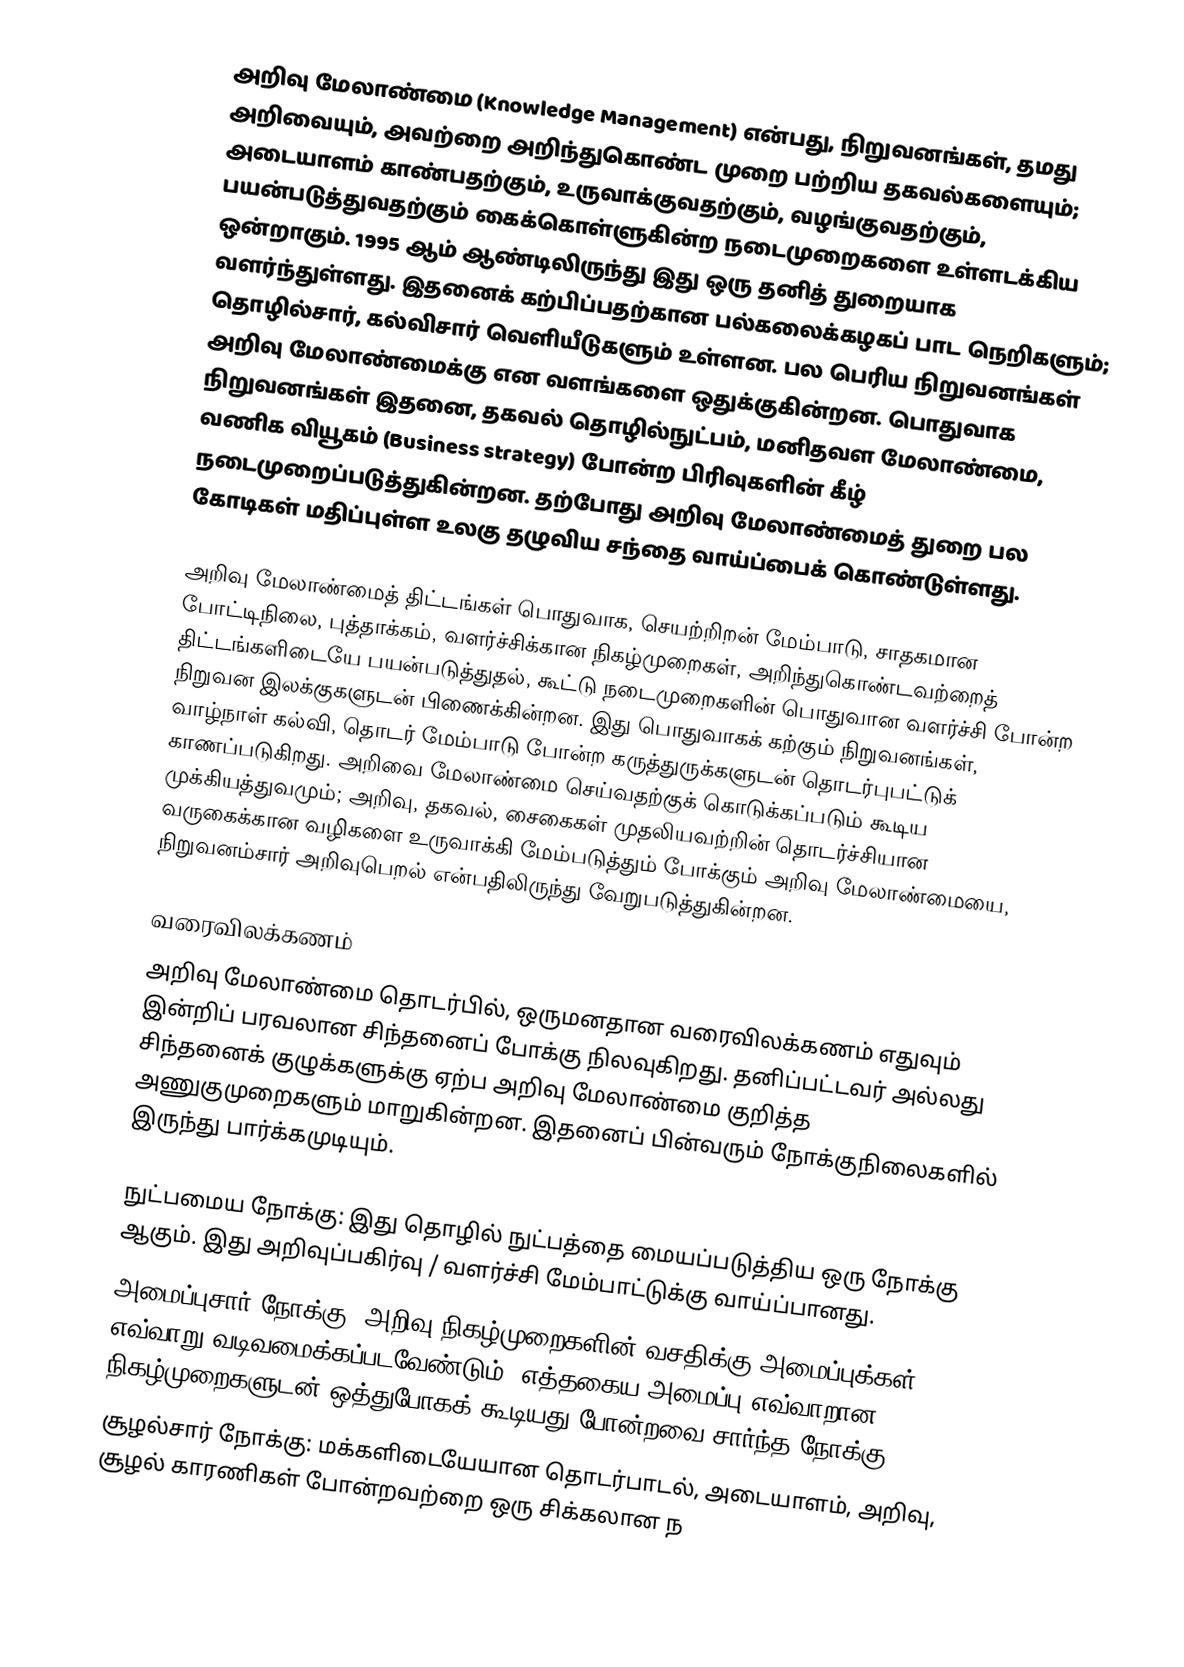
அறிவு மேலாண்மை (Knowledge Management) என்பது, நிறுவனங்கள், தமது அறிவையும், அவற்றை அறிந்துகொண்ட முறை பற்றிய தகவல்களையும்; அடையாளம் காண்பதற்கும், உருவாக்குவதற்கும், வழங்குவதற்கும், பயன்படுத்துவதற்கும் கைக்கொள்ளுகின்ற நடைமுறைகளை உள்ளடக்கிய ஒன்றாகும். 1995 ஆம் ஆண்டிலிருந்து இது ஒரு தனித் துறையாக வளர்ந்துள்ளது. இதனைக் கற்பிப்பதற்கான பல்கலைக்கழகப் பாட நெறிகளும்; தொழில்சார், கல்விசார் வெளியீடுகளும் உள்ளன. பல பெரிய நிறுவனங்கள் அறிவு மேலாண்மைக்கு என வளங்களை ஒதுக்குகின்றன. பொதுவாக நிறுவனங்கள் இதனை, தகவல் தொழில்நுட்பம், மனிதவள மேலாண்மை, வணிக வியூகம் (Business strategy) போன்ற பிரிவுகளின் கீழ் நடைமுறைப்படுத்துகின்றன. தற்போது அறிவு மேலாண்மைத் துறை பல கோடிகள் மதிப்புள்ள உலகு தழுவிய சந்தை வாய்ப்பைக் கொண்டுள்ளது.

அறிவு மேலாண்மைத் திட்டங்கள் பொதுவாக, செயற்றிறன் மேம்பாடு, சாதகமான போட்டிநிலை, புத்தாக்கம், வளர்ச்சிக்கான நிகழ்முறைகள், அறிந்துகொண்டவற்றைத் திட்டங்களிடையே பயன்படுத்துதல், கூட்டு நடைமுறைகளின் பொதுவான வளர்ச்சி போன்ற நிறுவன இலக்குகளுடன் பிணைக்கின்றன. இது பொதுவாகக் கற்கும் நிறுவனங்கள், வாழ்நாள் கல்வி, தொடர் மேம்பாடு போன்ற கருத்துருக்களுடன் தொடர்புபட்டுக் காணப்படுகிறது. அறிவை மேலாண்மை செய்வதற்குக் கொடுக்கப்படும் கூடிய முக்கியத்துவமும்; அறிவு, தகவல், சைகைகள் முதலியவற்றின் தொடர்ச்சியான வருகைக்கான வழிகளை உருவாக்கி மேம்படுத்தும் போக்கும் அறிவு மேலாண்மையை, நிறுவனம்சார் அறிவுபெறல் என்பதிலிருந்து வேறுபடுத்துகின்றன.

வரைவிலக்கணம்
அறிவு மேலாண்மை தொடர்பில், ஒருமனதான வரைவிலக்கணம் எதுவும் இன்றிப் பரவலான சிந்தனைப் போக்கு நிலவுகிறது. தனிப்பட்டவர் அல்லது சிந்தனைக் குழுக்களுக்கு ஏற்ப அறிவு மேலாண்மை குறித்த அணுகுமுறைகளும் மாறுகின்றன. இதனைப் பின்வரும் நோக்குநிலைகளில் இருந்து பார்க்கமுடியும்.

 நுட்பமைய நோக்கு: இது தொழில் நுட்பத்தை மையப்படுத்திய ஒரு நோக்கு ஆகும். இது அறிவுப்பகிர்வு / வளர்ச்சி மேம்பாட்டுக்கு வாய்ப்பானது.
 அமைப்புசார் நோக்கு: அறிவு நிகழ்முறைகளின் வசதிக்கு அமைப்புக்கள் எவ்வாறு வடிவமைக்கப்படவேண்டும், எத்தகைய அமைப்பு எவ்வாறான நிகழ்முறைகளுடன் ஒத்துபோகக் கூடியது போன்றவை சார்ந்த நோக்கு.
 சூழல்சார் நோக்கு: மக்களிடையேயான தொடர்பாடல், அடையாளம், அறிவு, சூழல் காரணிகள் போன்றவற்றை ஒரு சிக்கலான ந